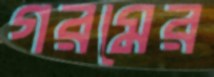
গরমের